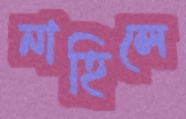
নাহিলে